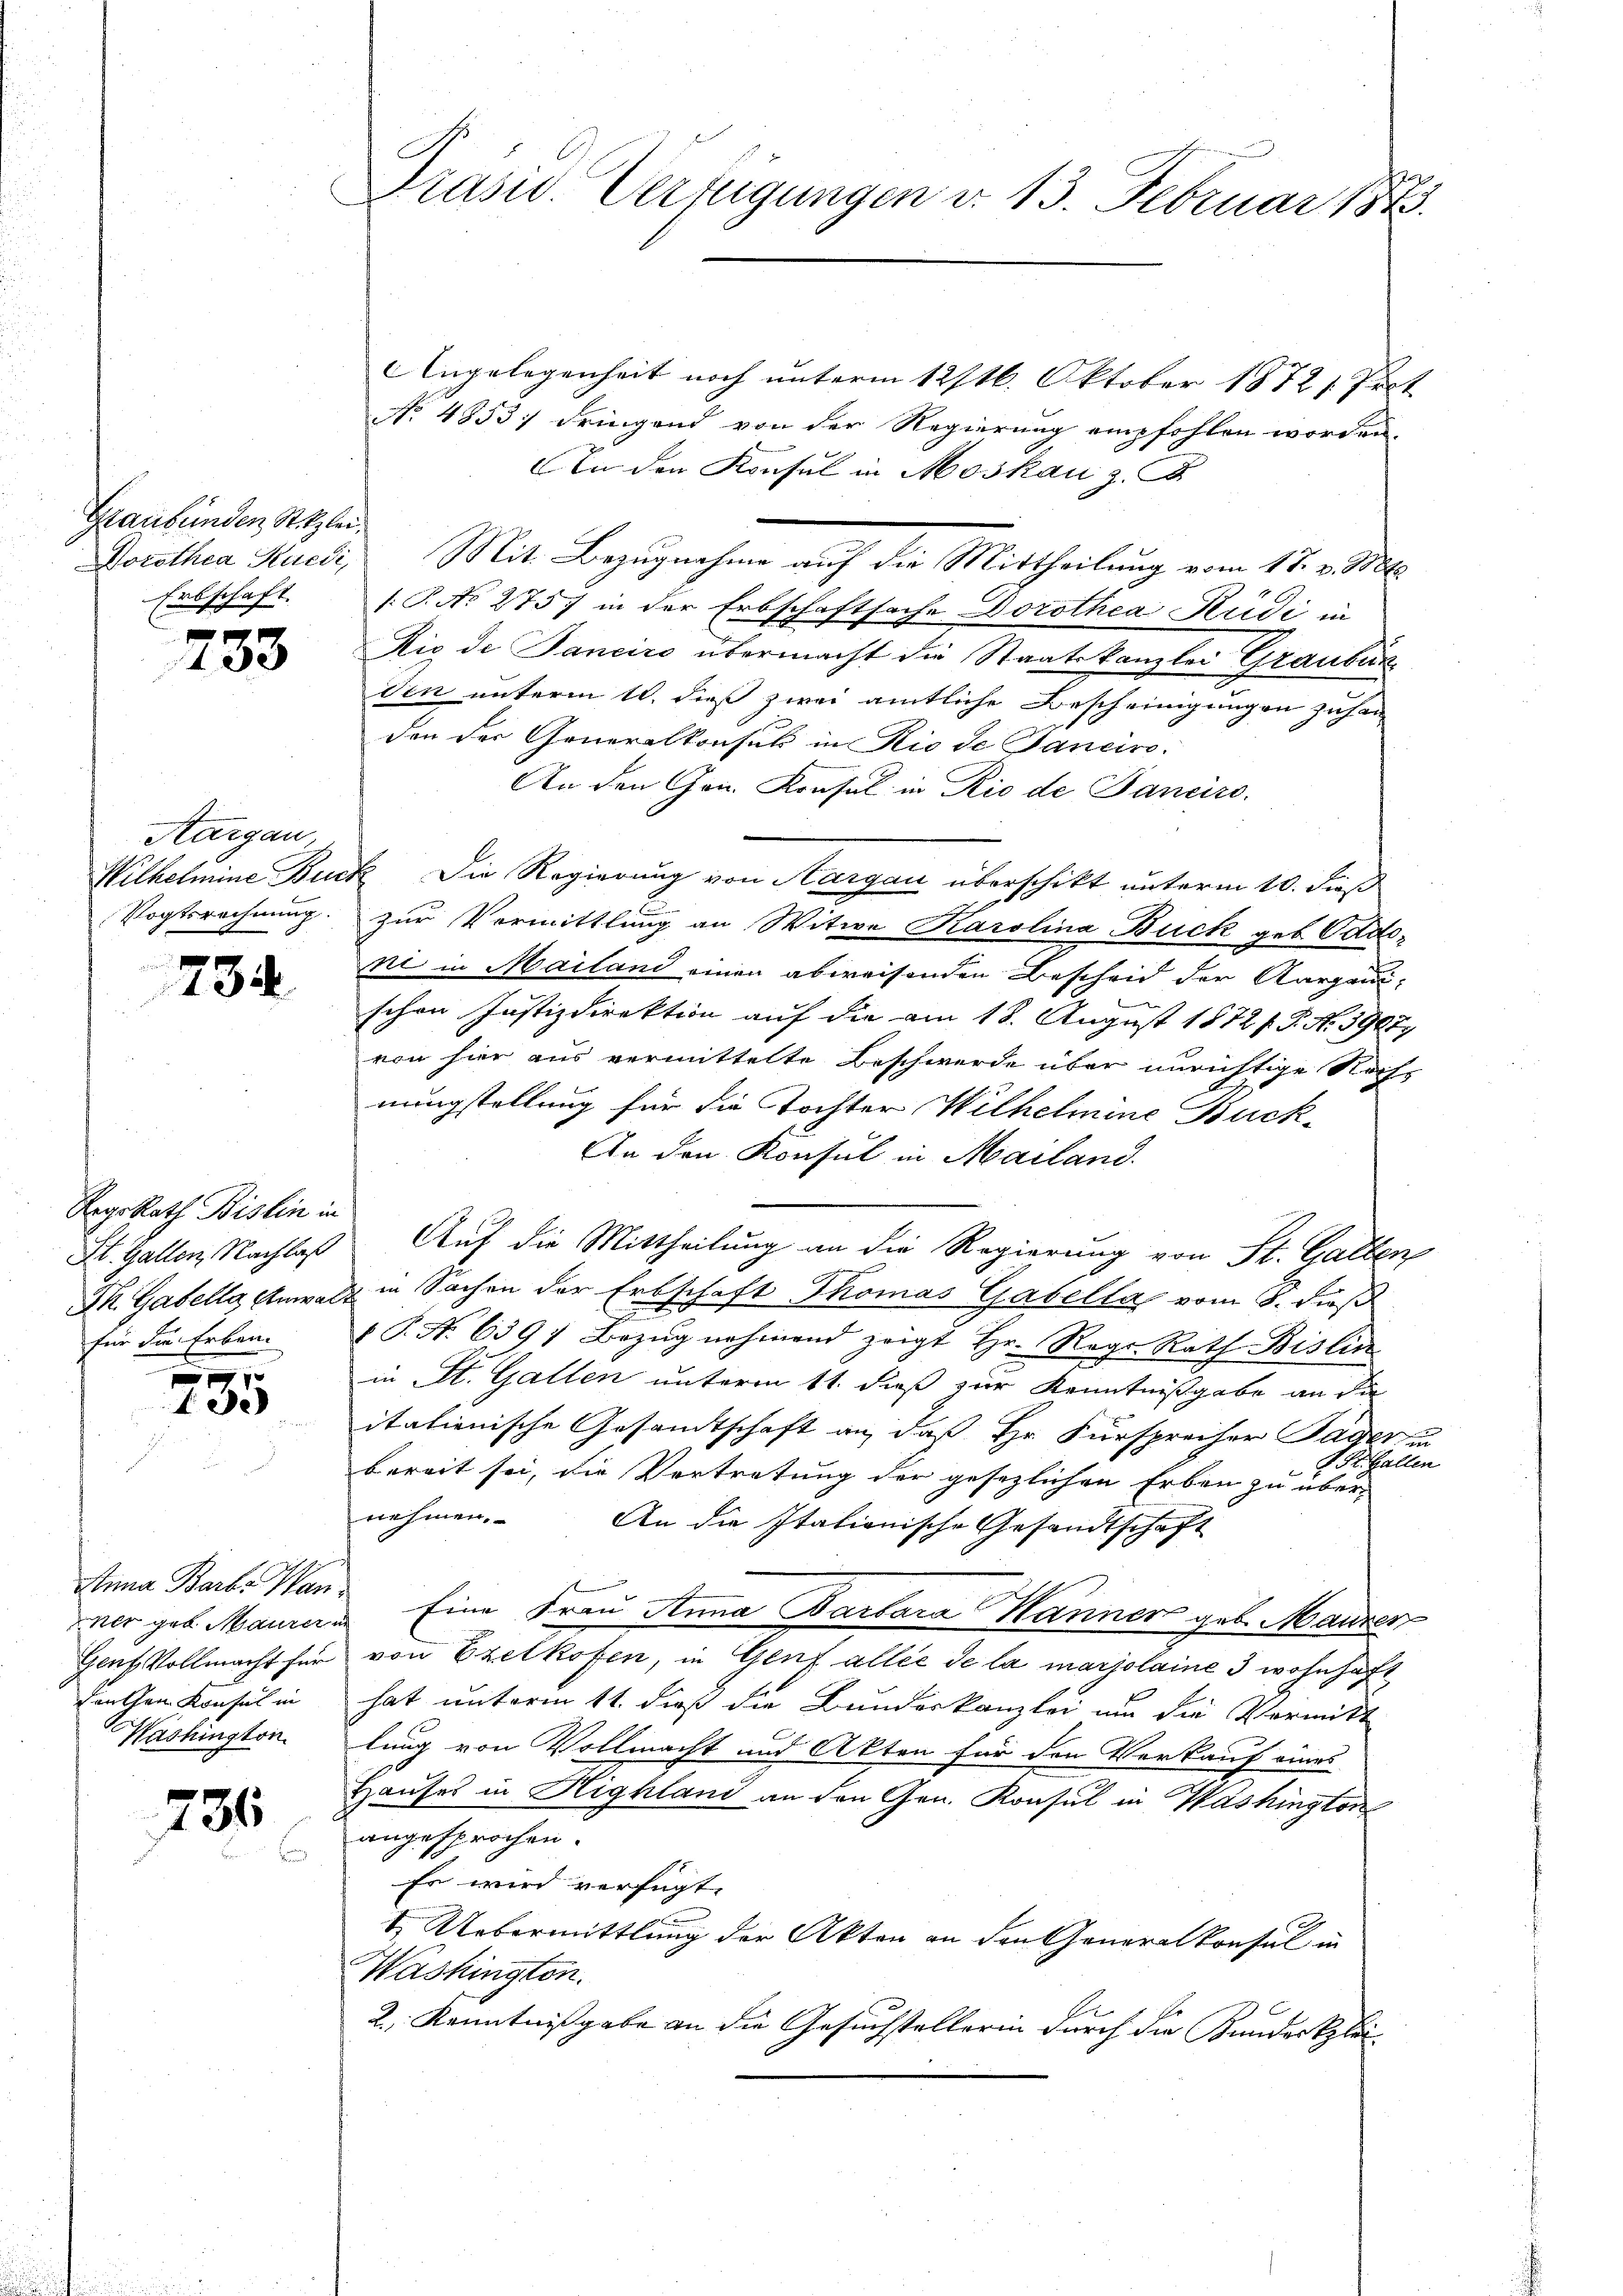
Graubünden St. Kzlei,
Erbschaft.

733

Aargau,
Vogtsrechnung.

734

Reg. Rath Bislin in
St. Gallen, Nachlaß

1
1de

Anna Barb. Wan
dner geb. Maurer in
Genf, Vollmacht für
Feuchen Konsul in
Washington

736

Präsid. Verfügungen d. 13. Februar 184

Angelegenheit noch unterm 12/16. Oktober 1872 s. Prot
No 4853; dringend von der Regierung empfohlen worden.
An den Konsul in Moskau z. B.
Dorothea Stucki, Mit Bezugnahme auf die Mittheilung vom 17. v. Mts.
1.P. No 275 in der Erbschaftsache Dorothea Hedi in
Dic de Janeiro übermacht die Staatskanzlei Graubün
den unterm 10. dieß zwei amtliche Bescheinigungen zuhan
den der Generalkonsul in Rio de Tancire.
An den Hrn. Konsul in Rio de Panciro.
Wilhelmine Buck Die Regierung von Aargau überschikt unterm 10. Fuß
zur Vormittlung an Witwe Karolina Buck geb. Gadeni in Mailand einen abweisenden Bescheid der Aargauischen Justizdirektion auf die am 18. August 1872 f. P. Nr. 39087
von hier aus vermittelte Beschwerde über unrichtige Rechs
nungstellung für die Tochter Wilhelmine Buck¬
An den Konsul in Mailand.
Auf die Mittheilung an die Regierung von St. Gallen
Fk. Gabelle Anwalt in Sachen der Erbschaft Thomas Gabella vom 8. dieß
n
für die Erben. P. Nr. 6391 Bezug nehmend zeigt Hr. Reg. Rath Bislin
in St. Gallen unterm 11. dieß zur Kenntnißgabe an die
itationische Gesandtschaft an, daß Hr. Fürsprecher Sager in
V. St. Gallen
bereit sei, die Vertretung der gesezlichen Erben zu übernehmen. An die Itationische Gesandtschaft
Eine Frau Anna Barbara Känner geb. Maurer
von Ezelkofen, in Genf alle de la mariolaine 3 wohnhaft
hat unterm 11. daß die Bunderkanzlei um die Vormitt
lung von Vollmacht und Akten für den Verkauf eines
Hauses in Highland an den Gen. Konsul in Washington
angesprochen.
Es wird verfügt:
& Uebermittlung der Akten an den Generalkonsul in
Washington.
2. Kenntnißgabe an die Gesuchstellerin durch die Kunder klei¬